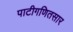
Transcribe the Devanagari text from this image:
पाटीगणितसार